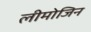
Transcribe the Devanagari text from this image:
लीमोजिन